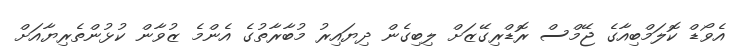
އެވޯޑް ކޮލަމްބިއާގެ ޖޭމްސް ރޮޑްރިގޭޒަށް ލިބިގެން ދިޔައިރު މުބާރާތުގެ އެންމެ ޒުވާން ކުޅުންތެރިޔާއަށް